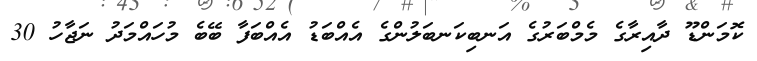
ކޮމަންޑޫ ދާއިރާގެ މެމްބަރުގެ އަނބިކަނބަލުންގެ އެއްބަޑު އެއްބަފާ ބޭބެ މުހައްމަދު ނަޖާހު 30